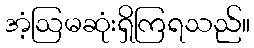
အံ့ဩမဆုံးရှိကြရသည်။